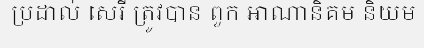
ប្រដាល់ សេរី ត្រូវបាន ពួក អាណានិគម និយម